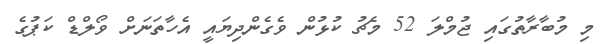
މި މުބާރާތުގައި ޖުމްލަ 52 މެޗު ކުޅުން ވެގެންދިޔައީ އެހާތަނަށް ވޯލްޑް ކަޕުގެ